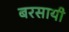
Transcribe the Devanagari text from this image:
बरसायी